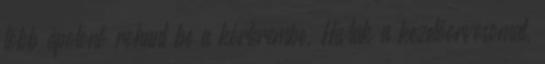
több ápolónő rohant be a kórterembe. Hívták a kezelőorvosomat,